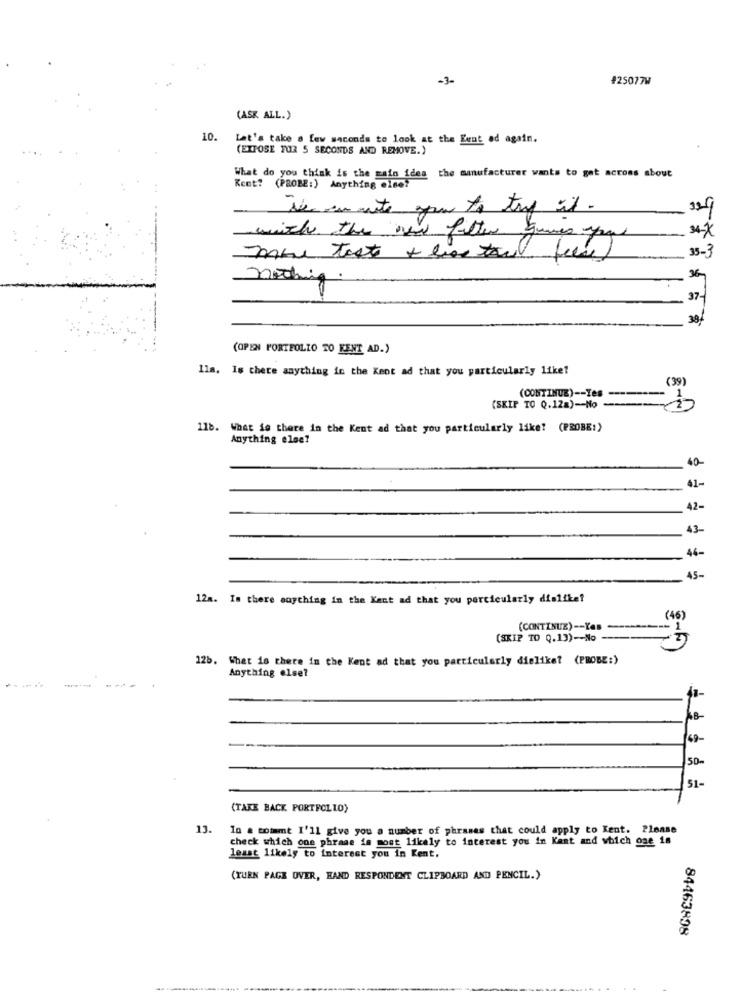
-3-
#25077W
(ASK ALL.)
10.
Let's take a few seconds to look at the Lent ad again.
(EXPOSE TUR 5 SECONDS AND REMOVE.)
What do you think is the main idea the manufacturer wants to get across about
Kest? (PROBE:) Anything 01001
Te amote you to try it .
with the new filter quees you
33-3
nothing
37-
39
(OPEN PORTFOLIO TO KENT AD.)
11m. Is there anything in the Kent ad that you particularly like!
(39)
(CONTINUE) -- Ies --------
(SKIP TO Q.12a)-No ---
118. What is there in the Kent ad that you particularly like! (PROBE:)
Anything else?
40-
41-
42-
43-
46-
45-
12m. Is there anything in the Kant ad that you particularly dislike?
(46)
(CONTINUE) -- Yas
--- 1
(SKIP TO Q.13) -- No
12b. What is there in the Kent ad that you particularly dielike? (PROBE:)
Anything else?
69-
50-
51-
(TAKE BACK PORTFOLIO)
13.
10 a toimmt I'll give you a number of phrases that could apply to Kent. Please
check which one phrase in most likely to interest you in Kant and which one is
least likely to interest you in Kent,
(TURN PACK OVER, HAND RESPONDENT CLIPBOARD AND PENCIL.)
84463898
----
.....